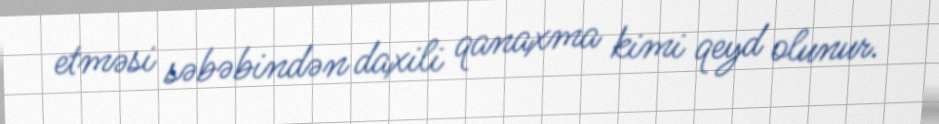
etməsi səbəbindən daxili qanaxma kimi qeyd olunur.